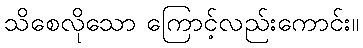
သိစေလိုသော ကြောင့်လည်းကောင်း။